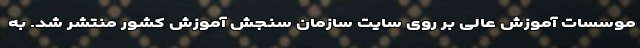
موسسات آموزش عالی بر روی سایت سازمان سنجش آموزش کشور منتشر شد. به